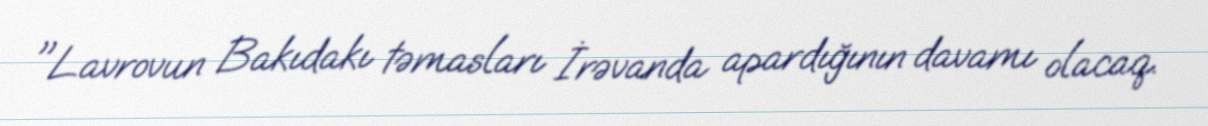
"Lavrovun Bakıdakı təmasları İrəvanda apardığının davamı olacaq.